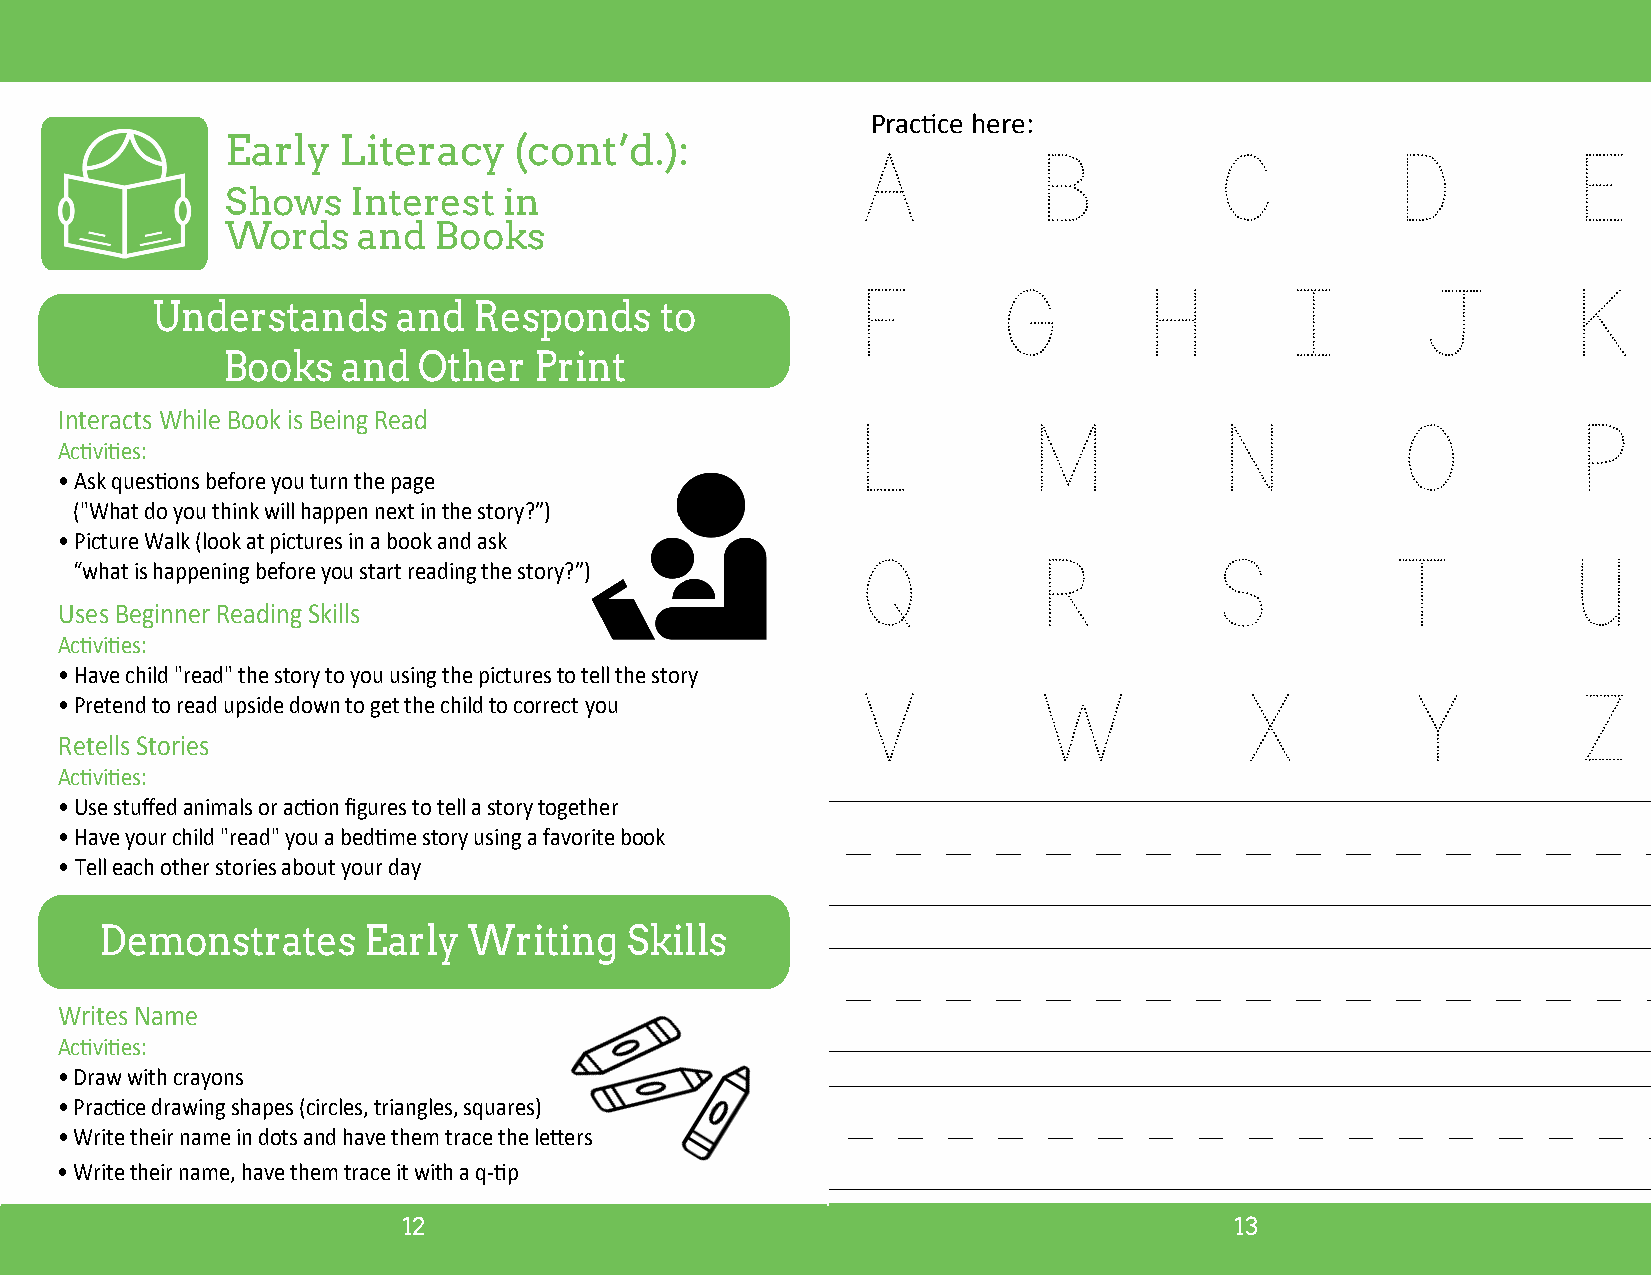
Practice here:
 Early  Literacy    (cont’d.):             A           B           C          D           E
 Shows   Interest  in
 Words    and  Books
 F        G         H        I        J         K
 Understands     and  Responds     to
 Books   and  Other  Print
 Interacts While Book is Being Read                   L          M            N           O           P
 Activities:
 • Ask questions before you turn the page
 ("What do you think will happen next in the story?”)
 • Picture Walk (look at pictures in a book and ask
 Q           R           S          T           U
 “what is happening before you start reading the story?”)
 Uses Beginner Reading Skills
 Activities:
 • Have child "read" the story to you using the pictures to tell the story
 V           W            X          Y          Z
 • Pretend to read upside down to get the child to correct you
 Retells Stories
 Activities:
 • Use stuffed animals or action figures to tell a story together
 • Have your child "read" you a bedtime story using a favorite book
 • Tell each other stories about your day
 Demonstrates     Early  Writing   Skills
 Writes Name
 Activities:
 • Draw with crayons
 • Practice drawing shapes (circles, triangles, squares)
 • Write their name in dots and have them trace the letters
 • Write their name, have them trace it with a q-tip
 12                                                     13